Proceedings of the meeting of veterinary officers in India
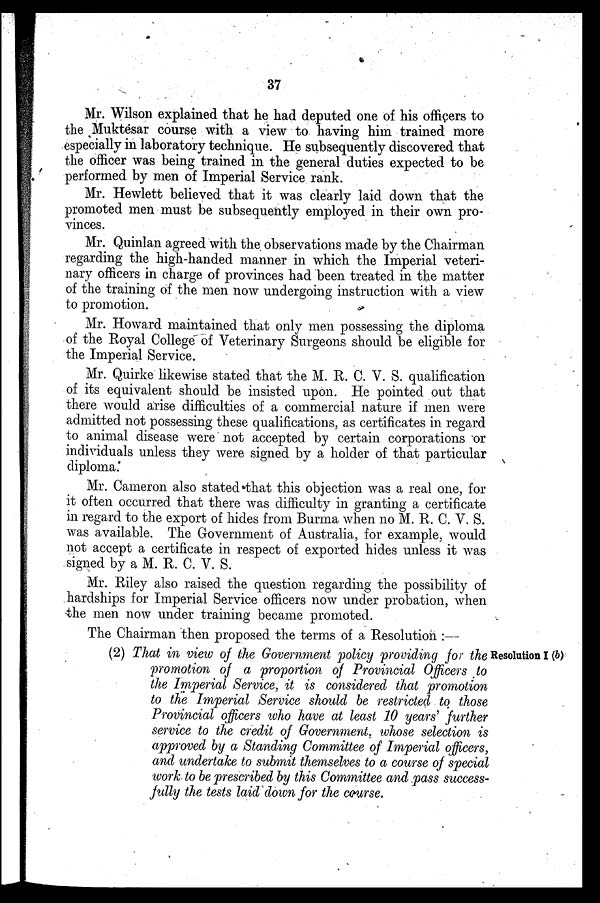
37
Mr. Wilson explained that he had deputed one of his officers to
the Muktesar course with a view to having him trained more
especially in laboratory technique. He subsequently discovered that
the officer was being trained in the general duties expected to be
performed by men of Imperial Service rank.
Mr. Hewlett believed that it was clearly laid down that the
promoted men must be subsequently employed in their own pro-
vinces.
Mr. Quinlan agreed with the observations made by the Chairman
regarding the high-handed manner in which the Imperial veteri-
nary officers in charge of provinces had been treated in the matter
of the training of the men now undergoing instruction with a view
to promotion.
Mr. Howard maintained that only men possessing the diploma
of the Royal College of Veterinary Surgeons should be eligible for
the Imperial Service.
Mr. Quirke likewise stated that the M. R. C. V. S. qualification
of its equivalent should be insisted upon. He pointed out that
there would arise difficulties of a commercial nature if men were
admitted not possessing these qualifications, as certificates in regard
to animal disease were not accepted by certain corporations or
individuals unless they were signed by a holder of that particular
diploma.
Mr. Cameron also stated that this objection was a real one, for
it often occurred that there was difficulty in granting a certificate
in regard to the export of hides from Burma when no M. R. C. V. S.
was available. The Government of Australia, for example, would
not accept a certificate in respect of exported hides unless it was
signed by a M. R. C. V. S.
Mr. Riley also raised the question regarding the possibility of
hardships for Imperial Service officers now under probation, when
the men now under training became promoted.
The Chairman then proposed the terms of a Resolution:—
Resolution I (b)
(2) That in view of the Government policy providing for the
promotion of a proportion of Provincial Officers to
the Imperial Service, it is considered that promotion
to the Imperial Service should be restricted to those
Provincial officers who have at least 10 years' further
service to the credit of Government, whose selection is
approved by a Standing Committee of Imperial officers,
and undertake to submit themselves to a course of special
work to be prescribed by this Committee and pass success-
fully the tests laid down for the course.